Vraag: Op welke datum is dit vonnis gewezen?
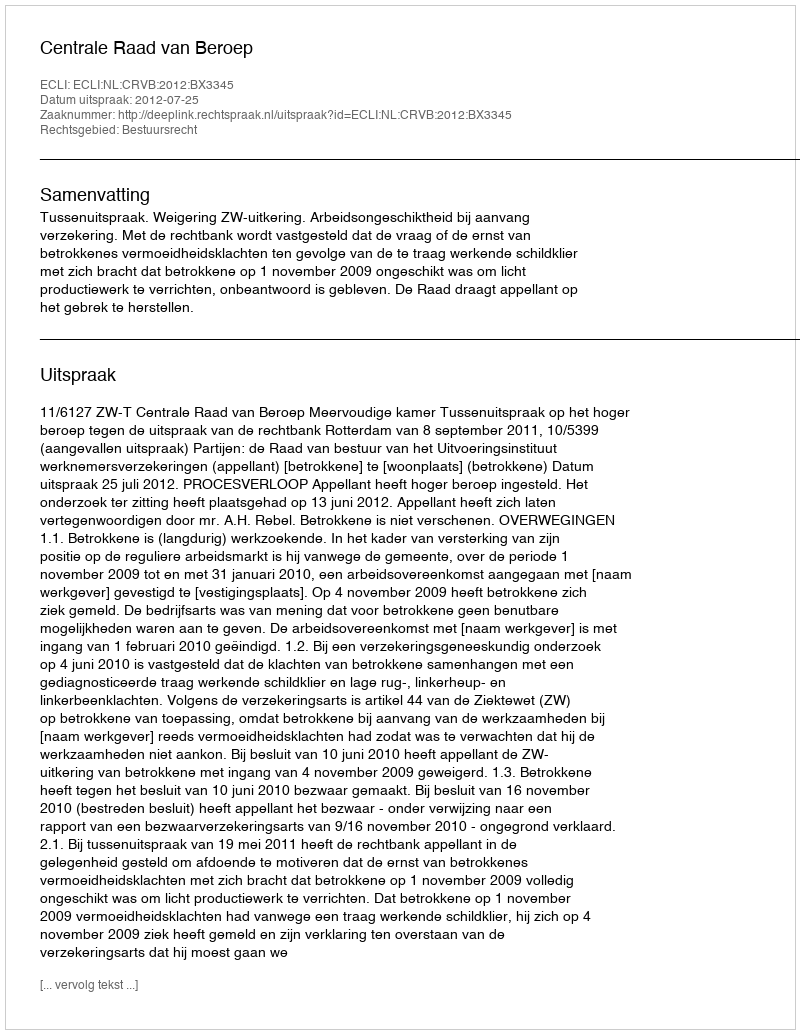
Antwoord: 2012-07-25